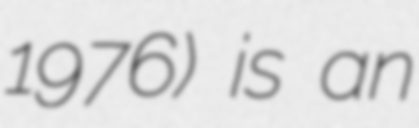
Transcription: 1976) is an